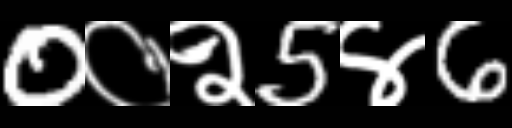
Text: 0०२5४6